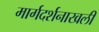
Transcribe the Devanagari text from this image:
मार्गदर्शनाखली